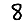
Digit: 8